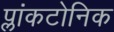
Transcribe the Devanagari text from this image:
प्लांकटोनिक